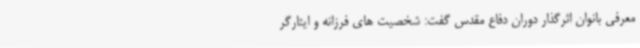
معرفی بانوان اثرگذار دوران دفاع مقدس گفت: شخصیت های فرزانه و ایثارگر